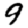
Digit: 9